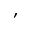
,